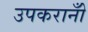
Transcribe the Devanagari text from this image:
उपकरानोँ